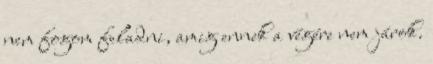
nem fogom feladni, amig ennek a végére nem járok.